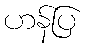
ဟန်ပြ